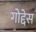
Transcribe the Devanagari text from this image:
गोद्देस